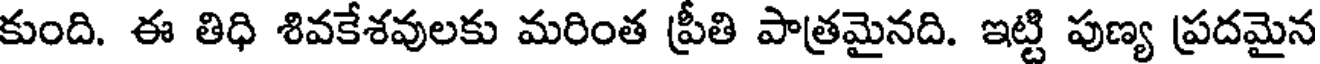
కుంది. ఈ తిధి శివకేశవులకు మరింత ప్రీతి పాత్రమైనది. ఇట్టి పుణ్య ప్రదమైన